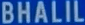
BHALIL